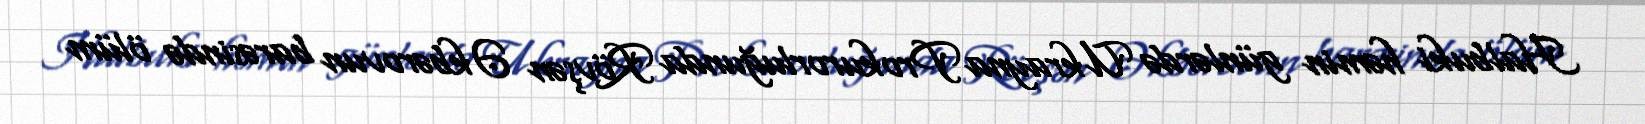
Halbuki həmin günlərdə Ukrayna Prokurorluğunda Rövşən Əkbərovun barəsində ölüm